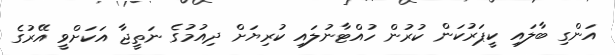
އަންގި ބާލައި ކީޕަރުކަން ކުރުން ހުއްޓާނުލައި ކުރިޔަށް ދިއުމުގެ ނަތީޖާ އަކަށްވީ އޭރުގެ